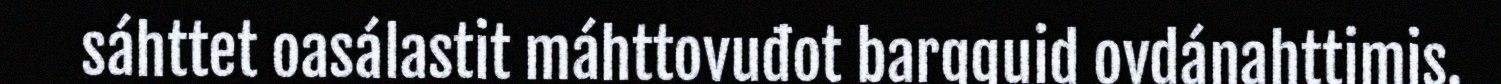
sáhttet oasálastit máhttovuđot bargguid ovdánahttimis.